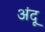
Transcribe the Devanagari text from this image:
अंदू